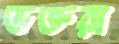
ভক্তরা